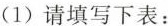
（1）请填写下表：